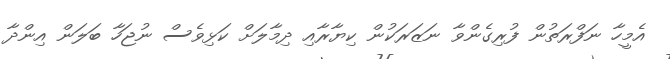
އެމީހާ ނަފްރަތުން ފުރިގެންވާ ނަޒަރަކުން ކިޔާރާއި ދިމާލަށް ކަޅިވެސް ނުޖަހާ ބަލަން އިންދާ